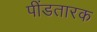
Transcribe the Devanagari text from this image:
पींडतारक